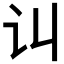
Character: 𰵊